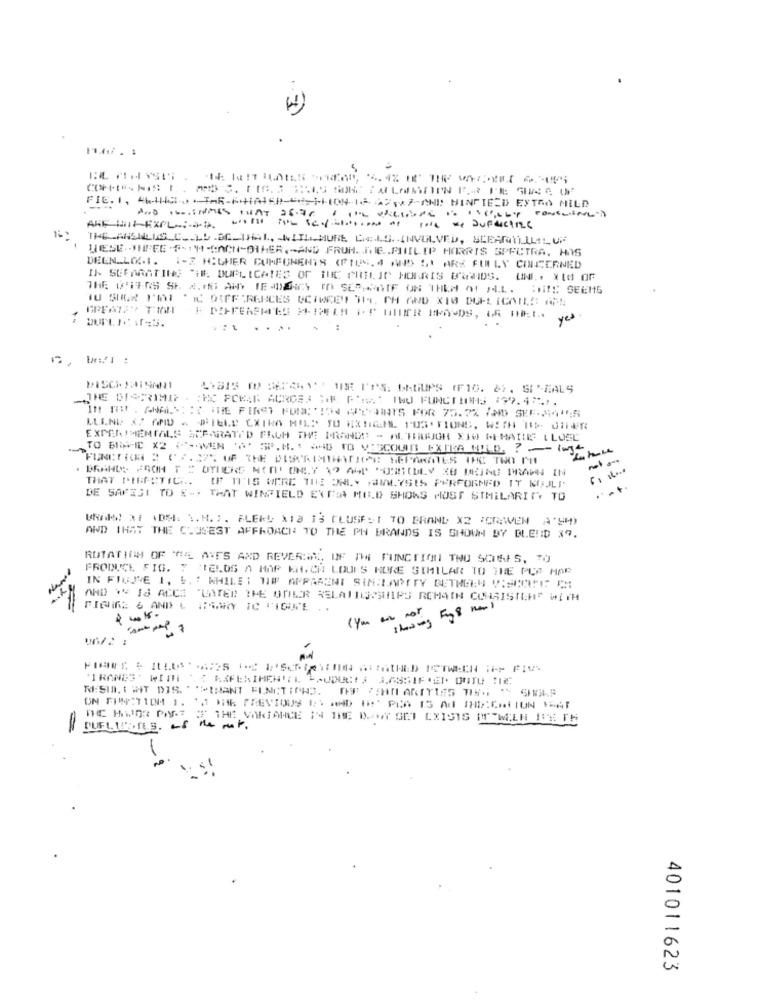
FIC. 1, 46-4H8-0 -THR-KHATER-"CION-16 ANI HINTED EXTRA MILD
AND WINMES THAT 26.76 FOR VALUING IS HOLLY PONGANLY
Will not Be ............ ... we DUFactice
THELANSILLAS_C .. LL .BC-THAL, WITLLMURE, CAL.S. INVOLVED, SLEANTILLILUF
LÆSE .- THREE .F-1H-EACHOTHER ,- AND FRUH. T.C .. PHILIP MORRIS SPECTRA. HAS
DELN.LO.I. 1-2 HIGHER CUMFUNEHIS (FIUS. 4 AND 5) ARE FULLY CONCERNED
IN SEPARATING "HE. DUPLICATES OF HUC PHILIP MORRIS GRANDS. UNI, X[d OF
THE L'HERS SKA. HU ANY IE JEIS IA SEDATIF ON THEM AT ALL. HIS SEEMS
* IC DIFFERENCES CCTWEEI HIT, CH AND X10 DUPLICATES AF!
yes
.. .
4.315 W BATY IBE PPS: SAGUPS (F16. &). SIMEALS
THE DISRIME . : HC POKAR ACROSS HAR F'S INO FUNCTIONS (97.4%).
EXPERIMENTALS SEPARATED FROM THE BRANDS - ALTINRIGH XIW WEMAILS LLOSE
TO BEAC X2 PGAVEN 'A' SP.M .: AND TO VISCOULD EXTRA MILD. ? - 1
BRAND: FROH F = OTICKE NOT ONLY 12 ASP POUROULY KO DEINDE PRAGA IN
THAT PIEFETICH .. IF ITIS WERE THE ONLY SAWALYSIS PERFORMED IT NUJLP
.+
DE SAFEST TO E-> THAT WINFIELD EXPI MR.D SHOWS MUST SIMILARITY TO
Uds! X1 ADET. 1. M .:. FLERE X13 IS CLUSE: 1 TO BRAND X2 'CRAVEN A'54)
AND THAT THE CLOSEST AFFROACH TO THE PH BRANDS IS SHOWN BY BLEND 37.
RUTATIOH OF 'GA AVES AND REVERNN, OF DE FUNCTION TWO SOUNES, TO
FRODUCE FIG. " PELOS A HAP KACH LOOKS RORE SIMILAR TO THE PCP HAR
IN FIUJTE 1, 5. " WHILE : 118 APPARENT SINALAPITY DETHEEN VISCOUPE CHI
AND W IS ACCI 'LATER THE ONECOR RELATINGSHIPS RCHAIN CONGGISICH" WITH
FIGlink & AND L IGANY IC TIGUE ..
showing F
THE HWOR PART " THE VARIANCE IN THE D. WY GET EXISTS POWELA ITE TH
=
the mat .
1-2
401011623